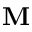
\mathbf { M }